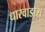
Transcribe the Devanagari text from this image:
धारवाडास